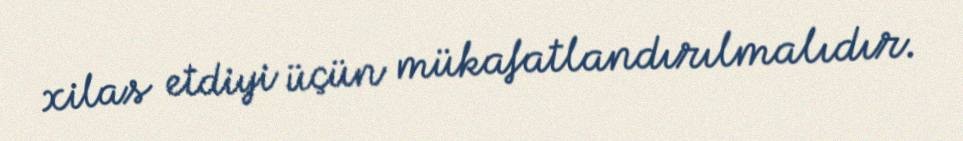
xilas etdiyi üçün mükafatlandırılmalıdır.